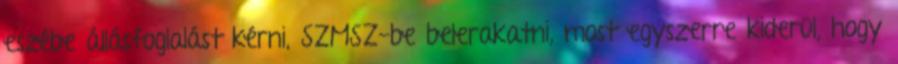
eszébe állásfoglalást kérni, SZMSZ-be belerakatni, most egyszerre kiderül, hogy